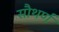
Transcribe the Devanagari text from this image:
सौथर्ण